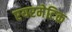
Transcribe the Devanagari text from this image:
एयरमेटिक